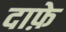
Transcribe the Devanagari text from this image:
दाफ़े